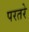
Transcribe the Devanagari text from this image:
परतरे